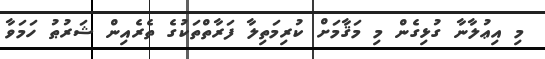
މި އިޢުލާނާ ގުޅިގެން މި މަޤާމަށް ކުރިމަތިލާ ފަރާތްތަކުގެ ތެރެއިން ޝަރުޠު ހަމަވާ